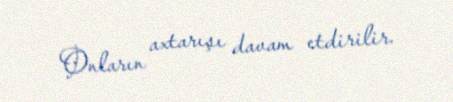
Onların axtarışı davam etdirilir.